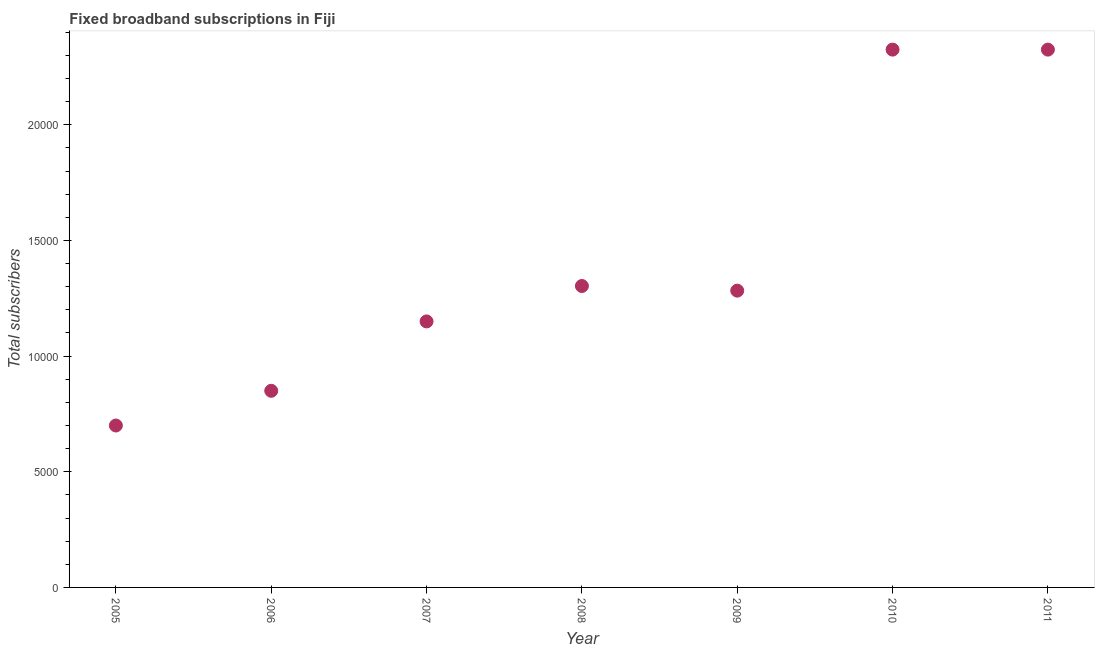
| Year | Fixed broadband subscriptions |
 | --- | --- |
 | 2005 | 7e+03 |
 | 2006 | 8.5e+03 |
 | 2007 | 1.15e+04 |
 | 2008 | 1.3e+04 |
 | 2009 | 1.28e+04 |
 | 2010 | 2.32e+04 |
 | 2011 | 2.32e+04 |